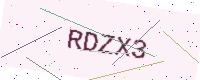
Text: RDZX3